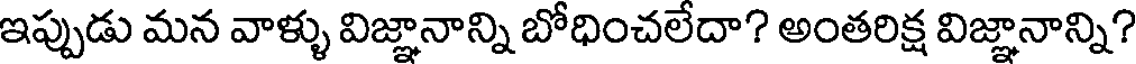
ఇప్పుడు మన వాళ్ళు విజ్ఞానాన్ని బోధించలేదా? అంతరిక్ష విజ్ఞానాన్ని?